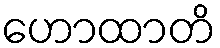
ဟောထာတိ